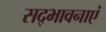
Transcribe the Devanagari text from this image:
सद्भावनाएं